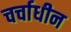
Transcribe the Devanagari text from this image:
चर्चाधीन